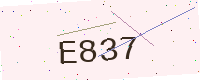
Text: E837